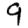
Digit: 9